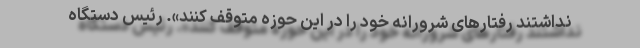
نداشتند رفتارهای شرورانه خود را در این حوزه متوقف کنند». رئیس دستگاه